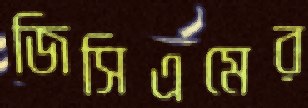
জিসিএমের